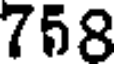
758